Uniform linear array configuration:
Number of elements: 64
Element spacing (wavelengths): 1
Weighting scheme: hamming
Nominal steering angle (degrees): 15
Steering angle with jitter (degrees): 15.536
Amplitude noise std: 0.05
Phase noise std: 0.05

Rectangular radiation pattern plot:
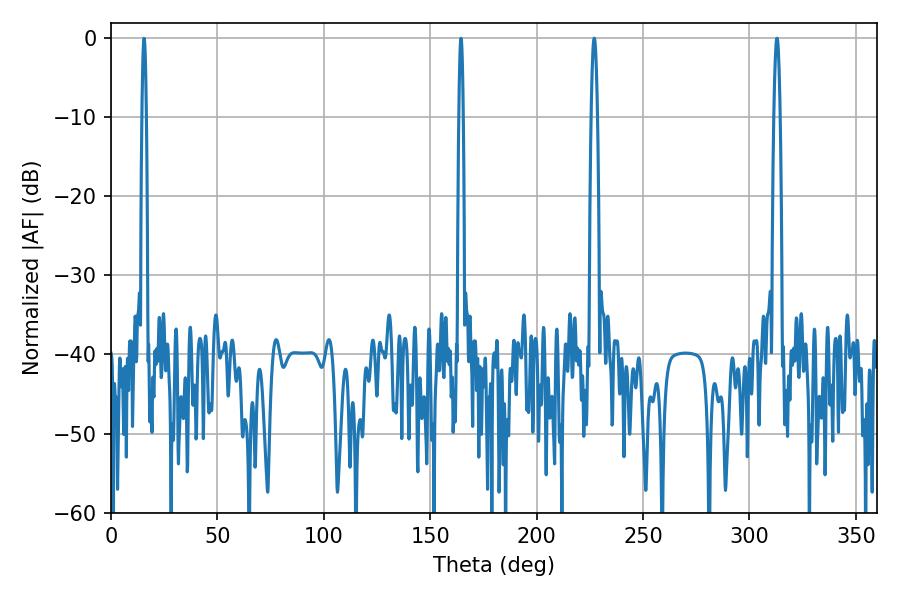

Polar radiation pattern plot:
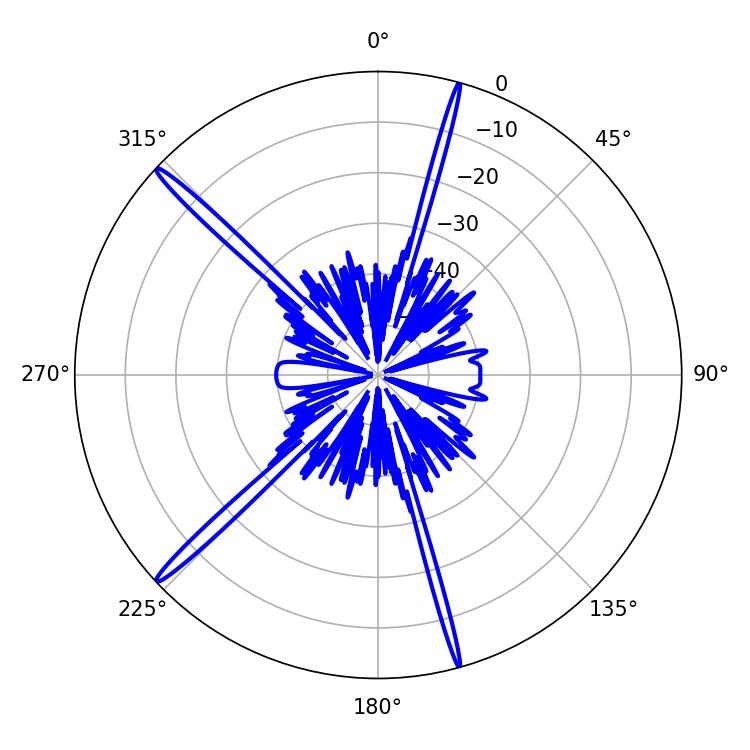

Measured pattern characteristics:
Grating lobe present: TRUE
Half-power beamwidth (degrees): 1.62
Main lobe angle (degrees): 226.98